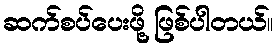
ဆက်စပ်ပေးဖို့ ဖြစ်ပါတယ်။